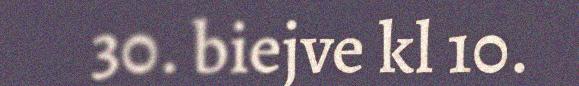
30. biejve kl 10.